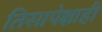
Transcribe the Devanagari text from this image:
तिसापेक्षाही